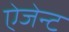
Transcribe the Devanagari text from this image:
ऐजेन्‍ट